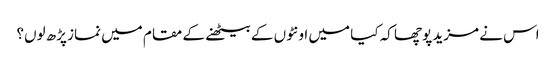
اس نے مزید پوچھا کہ کیا میں اونٹوں کے بیٹھنے کے مقام میں نماز پڑھ لوں؟